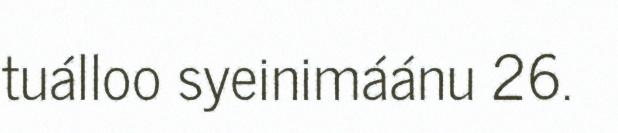
tuálloo syeinimáánu 26.